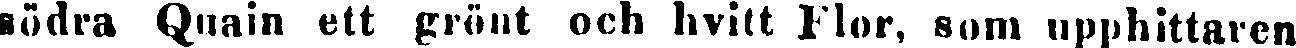
södra Quain ett grönt och hvitt Flor, som upphittaren